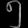
Digit: ၅